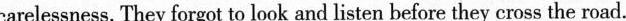
carelessness. They forgot to look and listen before they cross the road.